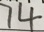
7 4